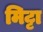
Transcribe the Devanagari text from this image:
मिट्टा